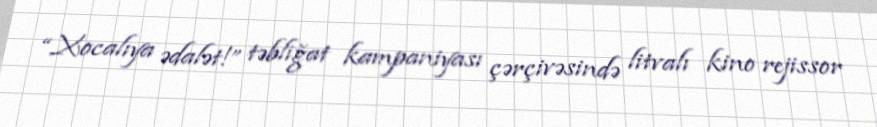
“Xocalıya ədalət!” təbliğat kampaniyası çərçivəsində litvalı kino rejissor